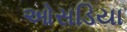
ઓસડિયા